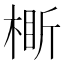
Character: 𬃞